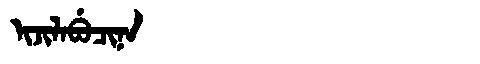
Manchu: ᡳᠵᡳᠯᠠᠪᡠᠴᡳᠨᠠ
Romanization: IJILABUCINA